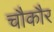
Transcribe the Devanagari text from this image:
चौकौर